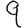
Digit: 9